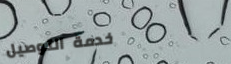
خدمة التوصيل